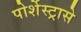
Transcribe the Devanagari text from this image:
पोर्शेस्ट्रासे